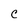
Character: C